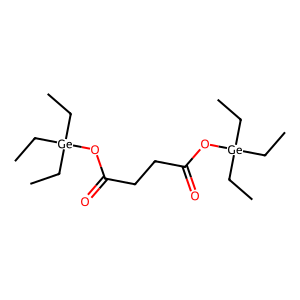
SMILES: CC[Ge](CC)(CC)OC(=O)CCC(=O)O[Ge](CC)(CC)CC
Inhibits HIV replication: No